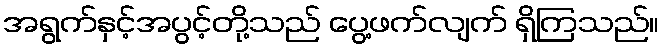
အရွက်နှင့်အပွင့်တို့သည် ပွေ့ဖက်လျက် ရှိကြသည်။